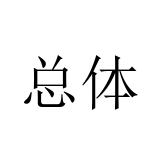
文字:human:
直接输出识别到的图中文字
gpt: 总体